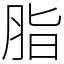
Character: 脂